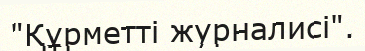
"Құрметтi журналисi".